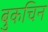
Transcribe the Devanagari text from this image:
बुकचिन